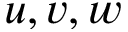
u , v , w